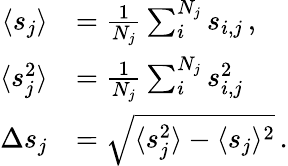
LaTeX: \begin{array}{rl}{\langle s_{j}\rangle}&{=\frac{1}{N_{j}}\sum_{i}^{N_{j}}s_{i,j}\, ,}\\ {\langle s_{j}^{2}\rangle}&{=\frac{1}{N_{j}}\sum_{i}^{N_{j}}s_{i,j}^{2}\, }\\ {\Delta s_{j}}&{=\sqrt{\langle s_{j}^{2}\rangle-\langle s_{j}\rangle^{2}}\, .}\end{array}